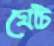
ঘোঁট